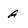
Character: A